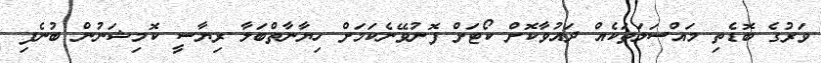
ވަރުގެ ބޮޑެތި މައްސަލަތަކެއް ދައުވާކޮށް ކޯޓަށް ފޮނުވޭނެކަމަށް ހިޔާނާތްބަލާ ރިޔާސީ ކޮމިޝަނުން ބުނެފި